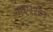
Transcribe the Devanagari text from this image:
गए।रत्न